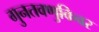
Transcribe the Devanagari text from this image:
गुनतवणुकिवर